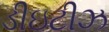
ડીઇટીઝ